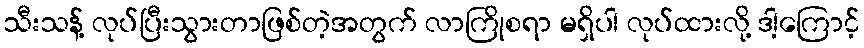
သီးသန့် လုပ်ပြီးသွားတာဖြစ်တဲ့အတွက် လာကြိုစရာ မရှိပါ လုပ်ထားလို့ ဒါ့ကြောင့်